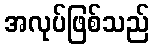
အလုပ်ဖြစ်သည်